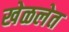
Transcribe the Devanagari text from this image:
खेळलेत